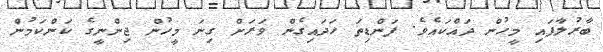
ބާރުލާފައި މީހުން ދައްކައެވެ. ފަންޑިތަ ހަދައިގެން ވަރަށް ގިނަ މީހުން ޖިންނީގެ ކަންކަމުން